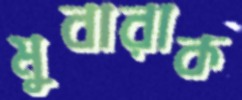
মুবারাক